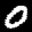
Label: 0